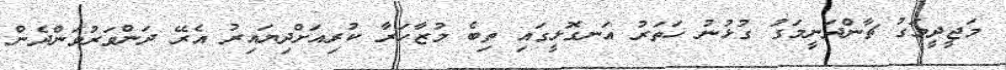
މަޖީދީމަގު ޗާންދަނީމަގު ގުޅުނު ހަތަރު އަނގޮޅީގައި ތިބެ މުޒާހަރާ ކުރިއަށްދިޔައިރު އެރޭ ދަންވަރުވަންދެން